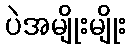
ပဲအမျိုးမျိုး